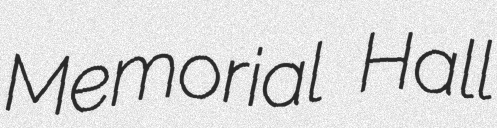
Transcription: Memorial Hall